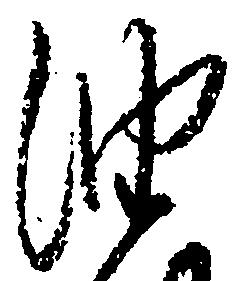
油